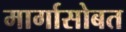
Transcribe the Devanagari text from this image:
मार्गासोबत